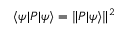
\langle \psi | P | \psi \rangle = \Vert P | \psi \rangle \Vert ^ { 2 }